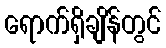
ရောက်ရှိချိန်တွင်